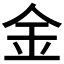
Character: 金